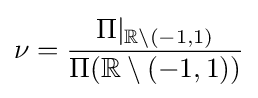
\nu ={\frac {\Pi |_{\mathbb {R} \setminus (-1,1)}}{\Pi (\mathbb {R} \setminus (-1,1))}}